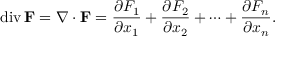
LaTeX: \operatorname { d i v } \mathbf { F } = \nabla \cdot \mathbf { F } = { \frac { \partial F _ { 1 } } { \partial x _ { 1 } } } + { \frac { \partial F _ { 2 } } { \partial x _ { 2 } } } + \cdots + { \frac { \partial F _ { n } } { \partial x _ { n } } } .